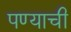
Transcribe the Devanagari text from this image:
पण्याची